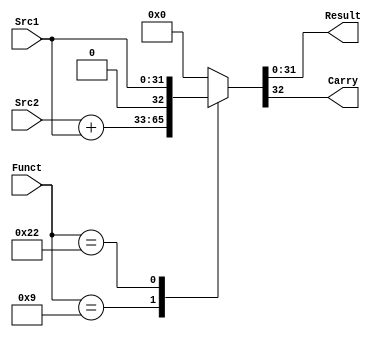
`define None	6'b100010
`define Addu	6'b001001
module ALU (
    input [31:0]Src1,
    input [31:0]Src2,
    input [5:0]Funct,
    output reg[31:0]Result,
    output reg Carry
);
always @(Src1, Src2, Funct) begin
    case (Funct)
        `Addu:	{Carry, Result} = Src2 + Src1;
		`None:	{Carry, Result} = {1'b0, Src1};
        default: {Carry, Result} = 0;
    endcase
end
endmodule